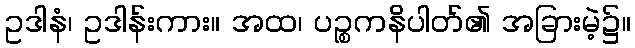
ဥဒါနံ၊ ဥဒါန်းကား။ အထ၊ ပဉ္စကနိပါတ်၏ အခြားမဲ့၌။